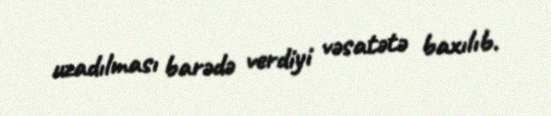
uzadılması barədə verdiyi vəsatətə baxılıb.